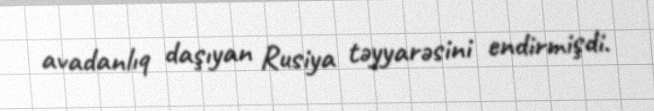
avadanlıq daşıyan Rusiya təyyarəsini endirmişdi.